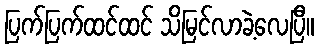
ပြက်ပြက်ထင်ထင် သိမြင်လာခဲ့လေပြီ။